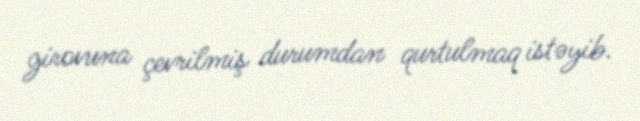
girovuna çevrilmiş durumdan qurtulmaq istəyib.